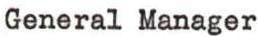
General Manager